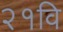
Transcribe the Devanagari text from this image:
२१वि